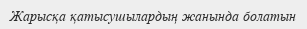
Жарысқа қатысушылардың жанында болатын